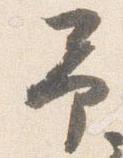
予